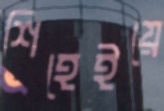
শিহেইয়ে